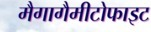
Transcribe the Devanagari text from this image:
मैगागैमीटोफाइट